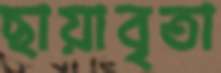
ছায়াবৃতা